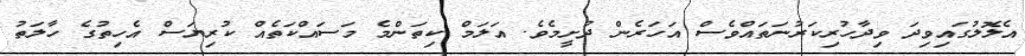
އެލޮލުގައިވިދަ ވިދާހުރިކަރުނަތައްވެސް އަހަރެން ދުށީމެވެ. އަލަމް ކިތަންމެ މަސައްކަތެއް ކުރިޔަސް އެހިތުގެ ހާލަތު